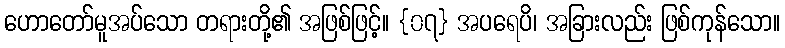
ဟောတော်မူအပ်သော တရားတို့၏ အဖြစ်ဖြင့်။ {၀၇} အပရေပိ၊ အခြားလည်း ဖြစ်ကုန်သော။